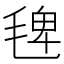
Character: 𣮐